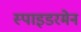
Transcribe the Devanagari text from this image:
स्पाइडरमेन